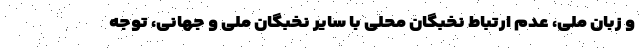
و زبان ملی، عدم ارتباط نخبگان محلی با سایر نخبگان ملی و جهانی، توجه